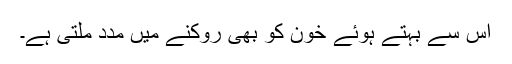
اس سے بہتے ہوئے خون کو بھی روکنے میں مدد ملتی ہے۔